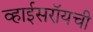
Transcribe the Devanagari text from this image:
व्हाईसरॉयची